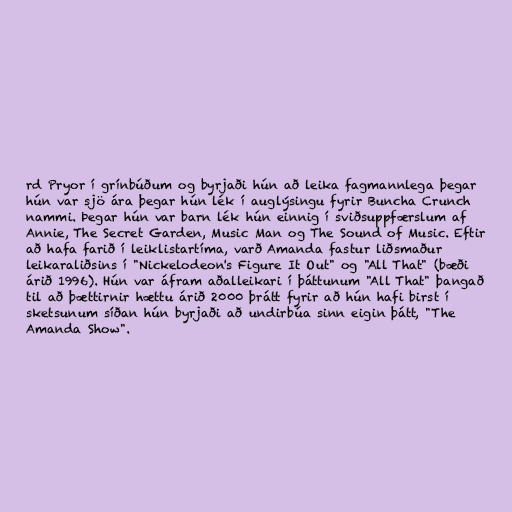
rd Pryor í grínbúðum og byrjaði hún að leika fagmannlega þegar
hún var sjö ára þegar hún lék í auglýsingu fyrir Buncha Crunch
nammi. Þegar hún var barn lék hún einnig í sviðsuppfærslum af
Annie, The Secret Garden, Music Man og The Sound of Music. Eftir
að hafa farið í leiklistartíma, varð Amanda fastur liðsmaður
leikaraliðsins í "Nickelodeon's Figure It Out" og "All That" (bæði
árið 1996). Hún var áfram aðalleikari í þáttunum "All That" þangað
til að þættirnir hættu árið 2000 þrátt fyrir að hún hafi birst í
sketsunum síðan hún byrjaði að undirbúa sinn eigin þátt, "The
Amanda Show".